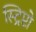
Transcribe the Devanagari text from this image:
स्ट्रिप्टो